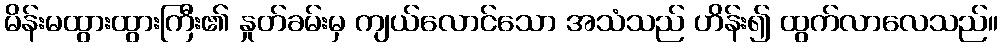
မိန်းမထွားထွားကြီး၏ နှုတ်ခမ်းမှ ကျယ်လောင်သော အသံသည် ဟိန်း၍ ထွက်လာလေသည်။